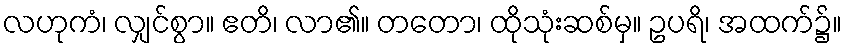
လဟုကံ၊ လျှင်စွာ။ ဧတိ၊ လာ၏။ တတော၊ ထိုသုံးဆစ်မှ။ ဥပရိ၊ အထက်၌။